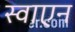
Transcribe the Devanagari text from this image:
स्वाएन